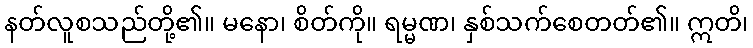
နတ်လူစသည်တို့၏။ မနော၊ စိတ်ကို။ ရမ္မဏ၊ နှစ်သက်စေတတ်၏။ ဣတိ၊